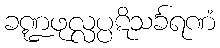
ခဏ္ဍဖုလ္လပ္ပဋိသင်္ခရဏံ